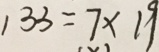
1 3 3 = 7 \times 1 9